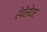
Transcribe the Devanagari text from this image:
रेवेलेटर